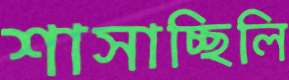
শাসাচ্ছিলি